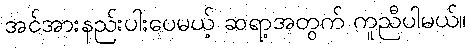
အင်အားနည်းပါးပေမယ့် ဆရာ့အတွက် ကူညီပါမယ်။